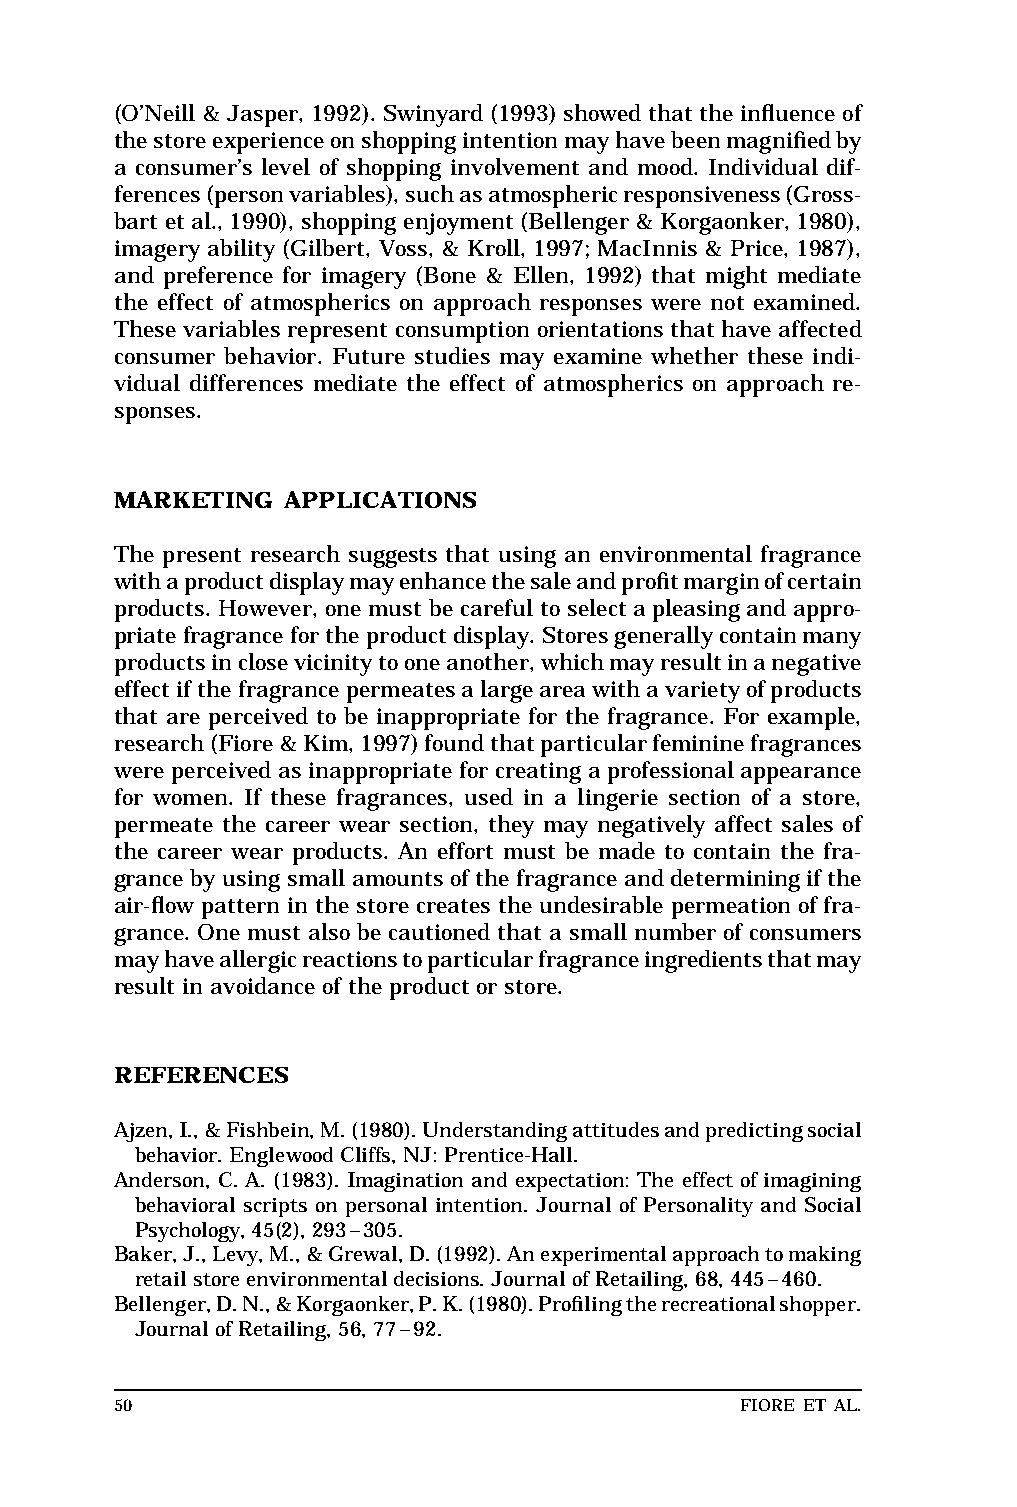
MAR  WILEJ                       LEFT       BATCH
 Top of text
 (O’Neill & Jasper, 1992). Swinyard (1993) showed that the influenceof Base of text
 thestoreexperienceonshoppingintentionmayhavebeenmagnifiedby
 a consumer’s level of shopping involvement and mood. Individual dif-
 ferences(personvariables),suchasatmosphericresponsiveness(Gross-
 bart et al., 1990), shopping enjoyment(Bellenger&Korgaonker,1980),
 imagery ability (Gilbert, Voss, & Kroll, 1997; MacInnis & Price, 1987),
 and preference for imagery (Bone & Ellen, 1992) that might mediate
 the effect of atmospherics on approach responses were not examined.
 These variables represent consumption orientations that have affected
 consumer behavior. Future studies may examine whether these indi-
 vidual differences mediate the effect of atmospherics on approach re-
 sponses.
 MARKETING  APPLICATIONS
 The present research suggests that using an environmental fragrance
 withaproductdisplaymayenhancethesaleandprofitmarginofcertain
 products. However, one must be careful to select a pleasing and appro-
 priatefragrancefortheproductdisplay.Storesgenerallycontainmany
 productsinclosevicinitytooneanother,whichmayresultinanegative
 effectifthefragrancepermeatesalargeareawithavarietyofproducts
 that are perceived to be inappropriate for the fragrance. For example,
 research(Fiore&Kim,1997)foundthatparticularfemininefragrances
 were perceived as inappropriate for creating aprofessionalappearance
 for women. If these fragrances, used in a lingerie section of a store,
 permeate the career wear section, they may negatively affect sales of
 the career wear products. An effort must be made to contain the fra-
 grance by using small amounts of the fragrance and determiningifthe
 air-flow pattern in the store creates the undesirable permeation of fra-
 grance. One must also be cautioned that a small number of consumers
 mayhaveallergicreactionstoparticularfragranceingredientsthatmay
 result in avoidance of the product or store.
 REFERENCES
 Ajzen,I.,&Fishbein,M.(1980).Understandingattitudesandpredictingsocial
 behavior.EnglewoodCliffs,NJ:Prentice-Hall.
 Anderson, C. A. (1983). Imagination and expectation: The effect of imagining
 behavioral scripts on personal intention. Journal of Personality and Social
 Psychology,45(2),293–305.
 Baker,J.,Levy,M.,&Grewal,D.(1992).Anexperimentalapproachtomaking
 retailstoreenvironmentaldecisions.JournalofRetailing,68,445–460.
 Bellenger,D.N.,&Korgaonker,P.K.(1980).Profilingtherecreationalshopper. short
 JournalofRetailing,56,77–92.                                   standard
 50                                        FIORE ET AL.          Base of RF